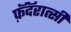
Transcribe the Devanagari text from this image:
फ़ॅदॅरात्सी